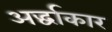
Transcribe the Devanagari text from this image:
अर्द्धाकार